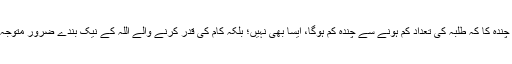
رہا مسئلہ چندہ کا کہ طلبہ کی تعداد کم ہونے سے چندہ کم ہوگا، ایسا بھی نہیں؛ بلکہ کام کی قدر کرنے والے اللہ کے نیک بندے ضرور متوجہ ہوں گے۔